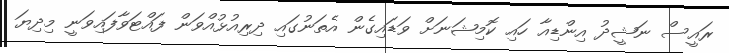
ރައީސް ނަޝީދު އިންޑިއާ ހައި ކޮމިޝަނަށް ވަޑައިގެން އެތަނުގައި ދިރިއުޅުއްވަން ފައްޓަވާފައިވަނީ މިދިޔަ